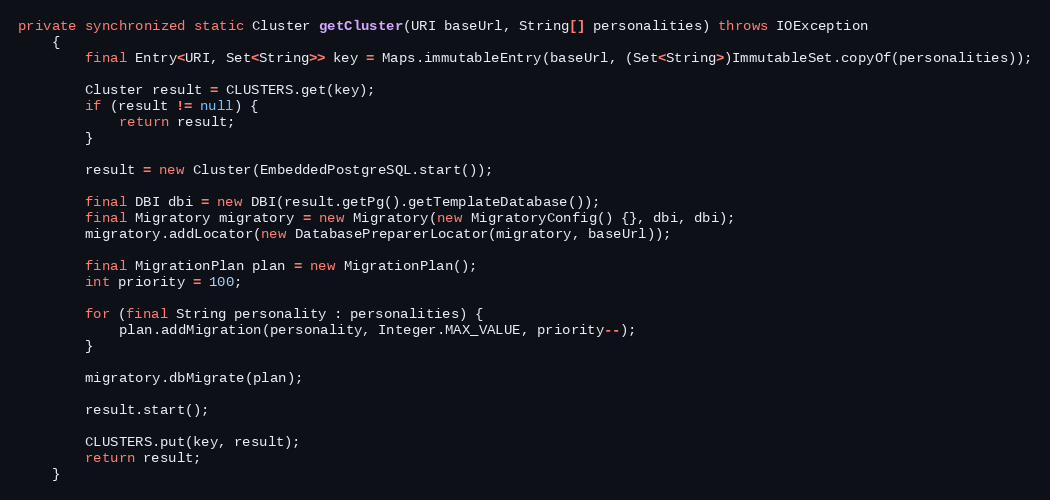
Language: Java
private synchronized static Cluster getCluster(URI baseUrl, String[] personalities) throws IOException
    {
        final Entry<URI, Set<String>> key = Maps.immutableEntry(baseUrl, (Set<String>)ImmutableSet.copyOf(personalities));

        Cluster result = CLUSTERS.get(key);
        if (result != null) {
            return result;
        }

        result = new Cluster(EmbeddedPostgreSQL.start());

        final DBI dbi = new DBI(result.getPg().getTemplateDatabase());
        final Migratory migratory = new Migratory(new MigratoryConfig() {}, dbi, dbi);
        migratory.addLocator(new DatabasePreparerLocator(migratory, baseUrl));

        final MigrationPlan plan = new MigrationPlan();
        int priority = 100;

        for (final String personality : personalities) {
            plan.addMigration(personality, Integer.MAX_VALUE, priority--);
        }

        migratory.dbMigrate(plan);

        result.start();

        CLUSTERS.put(key, result);
        return result;
    }